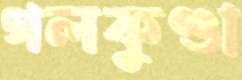
গলকুণ্ডা